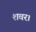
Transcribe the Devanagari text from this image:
शवर।